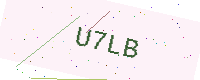
Text: U7LB